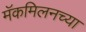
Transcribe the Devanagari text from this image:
मॅकमिलनच्या